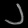
Digit: ၂